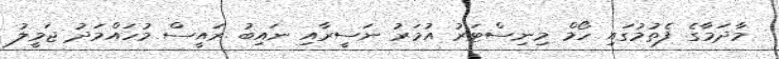
މާދަމާގެ ފެތުމުގައި ހޯމް މިނިސްޓަރު އުމަރު ނަސީރާއި ނައިބު ރައީސް މުހައްމަދު ޖަމީލު